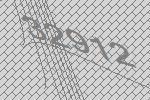
32912